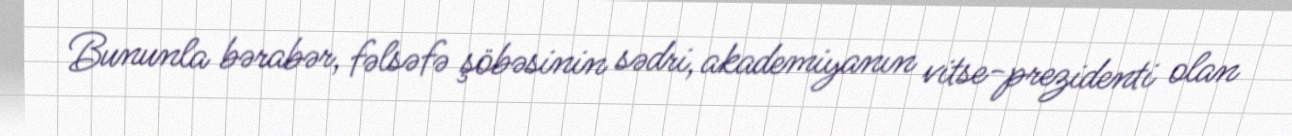
Bununla bərabər, fəlsəfə şöbəsinin sədri, akademiyanın vitse-prezidenti olan